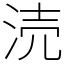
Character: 涜